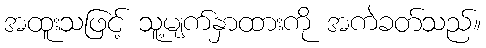
အထူးသဖြင့် သူ့မျက်နှာထားကို အကဲခတ်သည်။